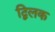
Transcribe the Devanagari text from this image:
द्विलक